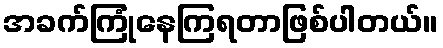
အခက်ကြုံနေကြရတာဖြစ်ပါတယ်။